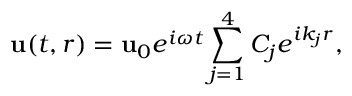
{ \bf u } ( t , r ) = { \bf u } _ { 0 } e ^ { i \omega t } \sum _ { j = 1 } ^ { 4 } C _ { j } e ^ { i k _ { j } r } ,